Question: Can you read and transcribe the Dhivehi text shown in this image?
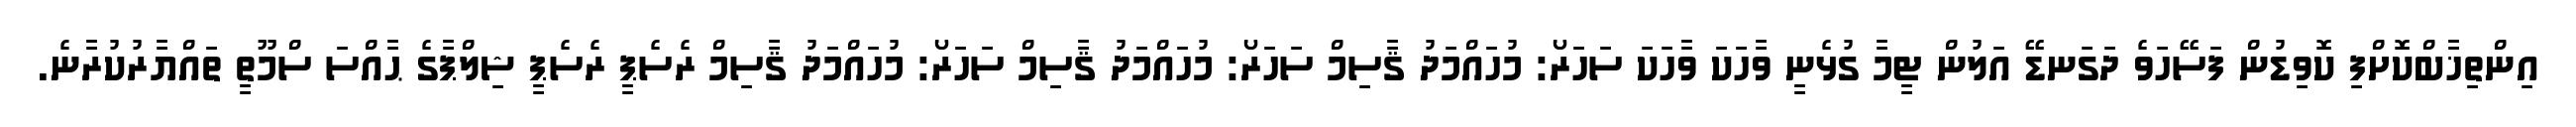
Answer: އިންތިޚާބްކޮށްފި ކޮވިޑުން ފަސޭހަވެ ދަގަނޑޭ އަލުން ޓީމާ ގުޅެނީ ވާހަކަ ވާހަކަ ސަހަރޯ: މުހައްމަދު ޤާސިމް ސަހަރޯ: މުހައްމަދު ޤާސިމް ސަހަރޯ: މުހައްމަދު ޤާސިމް ރެސެޕީ ރެސެޕީ ޝިލްޕާގެ ޙާއްސަ ސްމޫތީ ތައްޔާރުކުރާނެ.